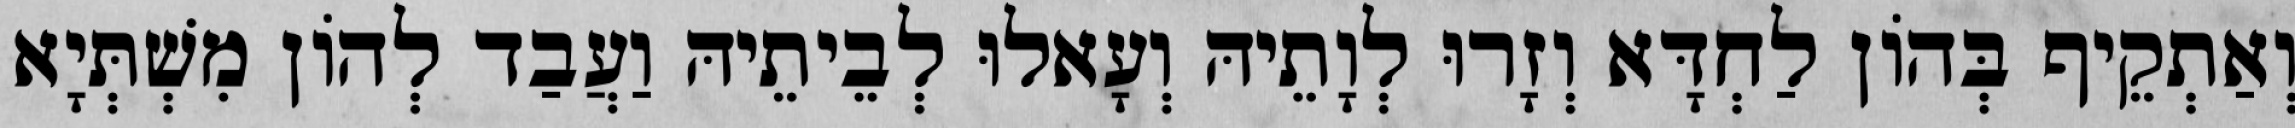
וְאַתְקֵיף בְּהוֹן לַחְדָּא וְזָרוּ לְוָתֵיהּ וְעָאלוּ לְבֵיתֵיהּ וַעֲבַד לְהוֹן מִשְׁתְּיָא